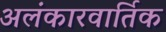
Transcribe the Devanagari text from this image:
अलंकारवार्तिक